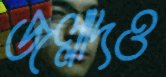
জল্লাদও